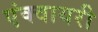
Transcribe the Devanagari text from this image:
एंक्वायरी